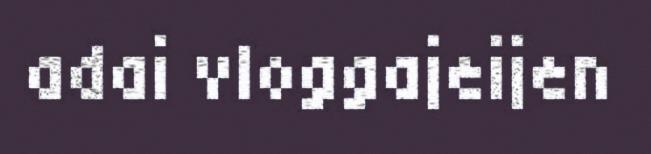
adai vloggajeijen